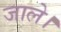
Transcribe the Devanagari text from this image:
जाले।